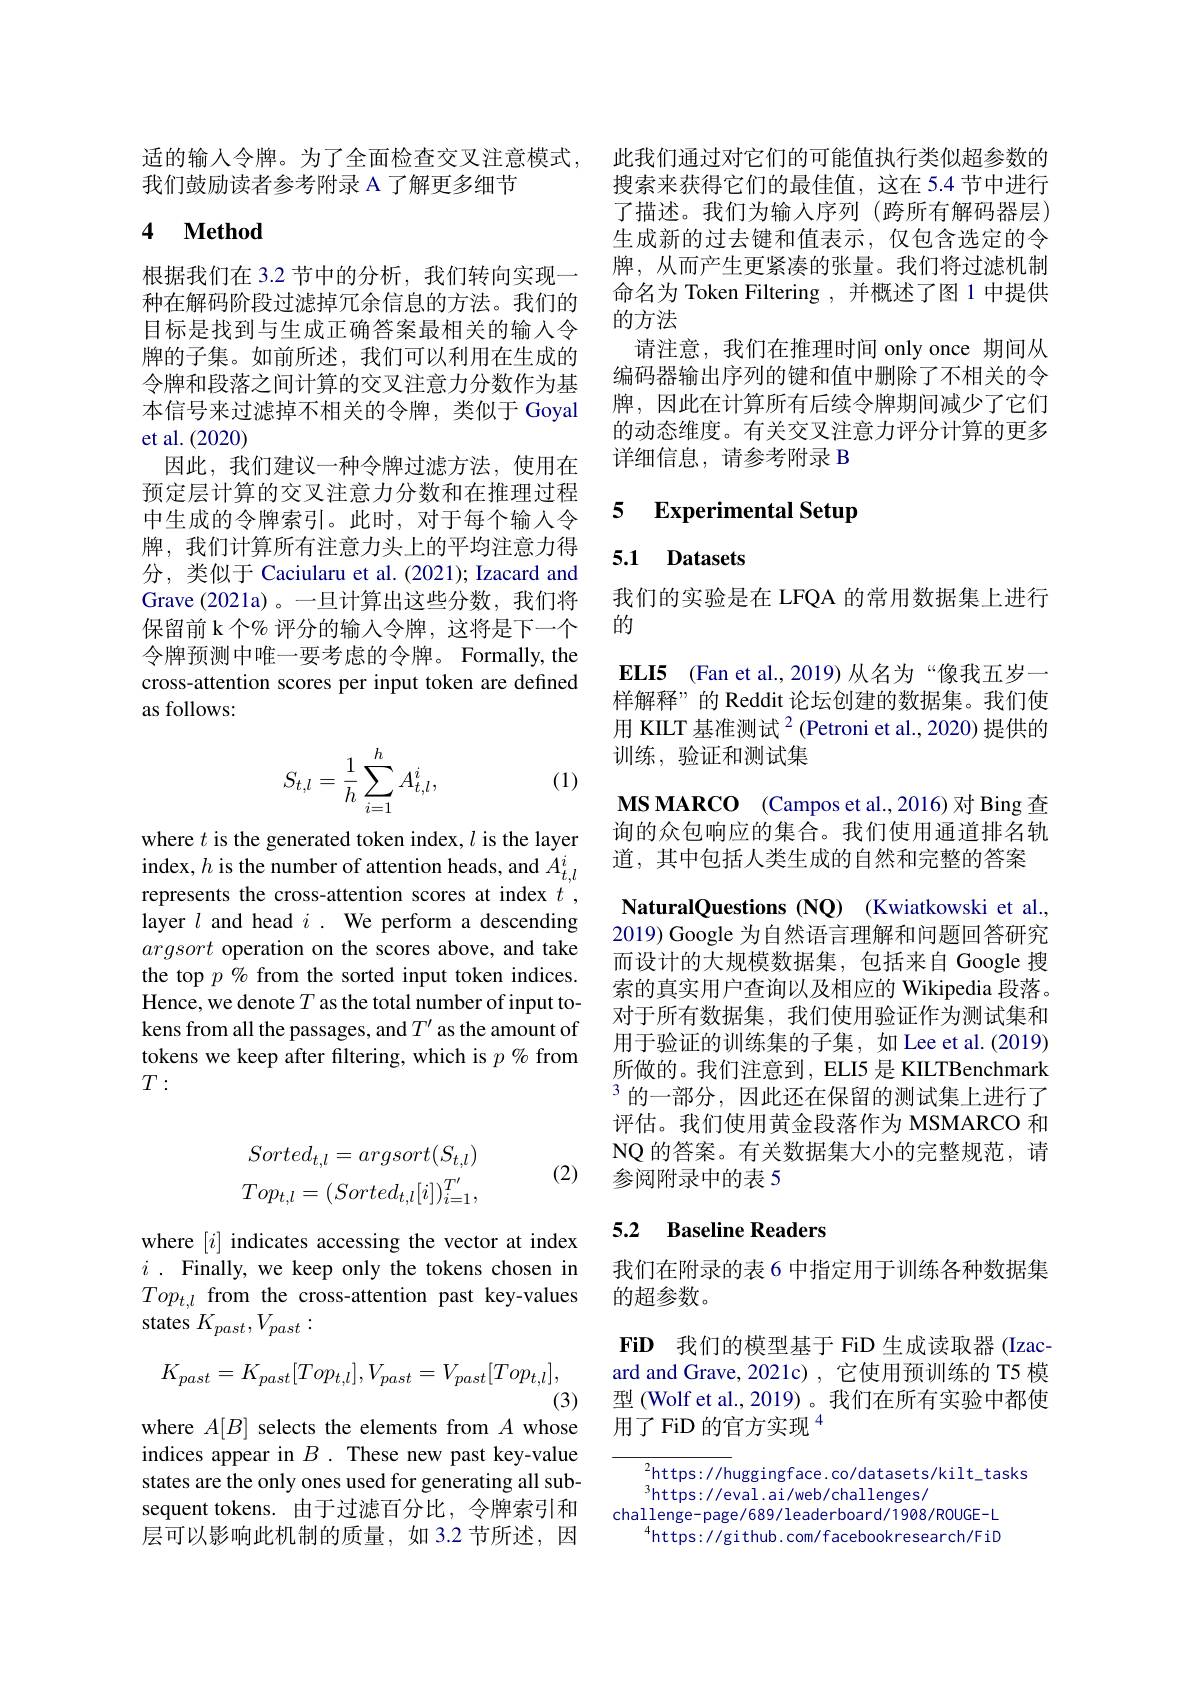
适的输入令牌。为了全面检查交叉注意模式，
我们鼓励读者参考附录 A 了解更多细节

### 4 $\textbf{Method}$

根据我们在 3.2 节中的分析，我们转向实现一种在解码阶段过滤掉冗余信息的方法。我们的目标是找到与生成正确答案最相关的输入令牌的子集。如前所述，我们可以利用在生成的令牌和段落之间计算的交叉注意力分数作为基本信号来过滤掉不相关的令牌，类似于 Goyal et al.(2020)
因此，我们建议一种令牌过滤方法，使用在预定层计算的交叉注意力分数和在推理过程中生成的令牌索引。此时，对于每个输入令牌，我们计算所有注意力头上的平均注意力得分，类似于 Caciularu et al. (2021); Izacard and Grave (2021a)。一旦计算出这些分数，我们将保留前 k 个% 评分的输人令牌，这将是下一个令牌预测中唯一要考虑的令牌。Formally, the cross-attention scores per input token are defined as follows:
$$S_{t,l}=\dfrac{1}{h}\sum_{i=1}^{h}A_{t,l}^{i},$$
(1)

where $t$ is the generated token index, $l$ is the layer index, $h$ is the number of attention heads, and $\dot{A}_{t,l}^i$ represents the cross-attention scores at index $t$ , layer $l$ and head $i.$ We perform a descending argsort operation on the scores above, and take the top $p$ % from the sorted input token indices. Hence, we denote $T$ as the total number of input tokens from all the passages, and $T^{\prime}$ as the amount of tokens we keep after filtering, which is $p\%$ from $T:$

(2)
$$\begin{aligned}Sorted_{t,l}=argsort(S_{t,l})\\Top_{t,l}=(Sorted_{t,l}[i])_{i=1}^{T'},\end{aligned}$$
where $[i]$ indicates accessing the vector at index $i$ . Finally, we keep only the tokens chosen in $Top_{t,l}$ from the cross-attention past key-values states $K_{past},V_{past}:$
$$K_{past}=K_{past}[Top_{t,l}],V_{past}=V_{past}[Top_{t,l}],$$
(3)

where $A[B]$ selects the elements from $A$ whose indices appear in $B.$ These new past key-value states are the only ones used for generating all subsequent tokens. 由于过滤百分比，令牌索引和层可以影响此机制的质量，如 3.2 节所述，因

此我们通过对它们的可能值执行类似超参数的搜索来获得它们的最佳值，这在 5.4 节中进行了描述。我们为输入序列(跨所有解码器层) 生成新的过去键和值表示，仅包含选定的令牌，从而产生更紧凑的张量。我们将过滤机制命名为 Token Filtering , 并概述了图 1 中提供的方法
请注意，我们在推理时间 only once 期间从编码器输出序列的键和值中删除了不相关的令牌，因此在计算所有后续令牌期间减少了它们的动态维度。有关交叉注意力评分计算的更多详细信息，请参考附录 B

## 5 Experimental Setup

### 5.1 Datasets

我们的实验是在 LFQA 的常用数据集上进行
的

ELI5 (Fan et al.,2019) 从名为“像我五岁一样解释”的 Reddit 论坛创建的数据集。我们使用 KILT 基准测试$^2$(Petroni et al., 2020) 提供的训练，验证和测试集
MS MARCO (Campos et al.,2016) 对 Bing 查询的众包响应的集合。我们使用通道排名轨道，其中包括人类生成的自然和完整的答案NaturalQuestions (NQ) (Kwiatkowski et al. 2019) Google 为自然语言理解和问题回答研究而设计的大规模数据集，包括来自 Google 搜索的真实用户查询以及相应的 Wikipedia 段落。对于所有数据集，我们使用验证作为测试集和用于验证的训练集的子集，如 Lee et al.(2019) 所做的。我们注意到，ELI5 是 KILTBenchmark $^3$的一部分，因此还在保留的测试集上进行了评估。我们使用黄金段落作为 MSMARCO 和NQ的答案。有关数据集大小的完整规范，请参阅附录中的表 5

## 5.2 Baseline Readers

我们在附录的表 6 中指定用于训练各种数据集
的超参数。

FiD 我们的模型基于 FiD 生成读取器 (Izac-) ard and Grave, 2021c) , 它使用预训练的 T5 模型 (Wolf et al., 2019)。我们在所有实验中都使用了 FiD 的官方实现$^{4}$

${^2\text{https://h}}$uggingface.co/datasets/kilt\_tasks
$^{3}$https://eval.ai/web/challenges/
challenge-page/689/leaderboard/1908/ROUGE-L
$^{4}$https://github.com/facebookresearch/FiD